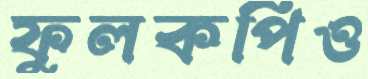
ফুলকপিও